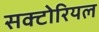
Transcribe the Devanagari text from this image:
सक्टोरियल